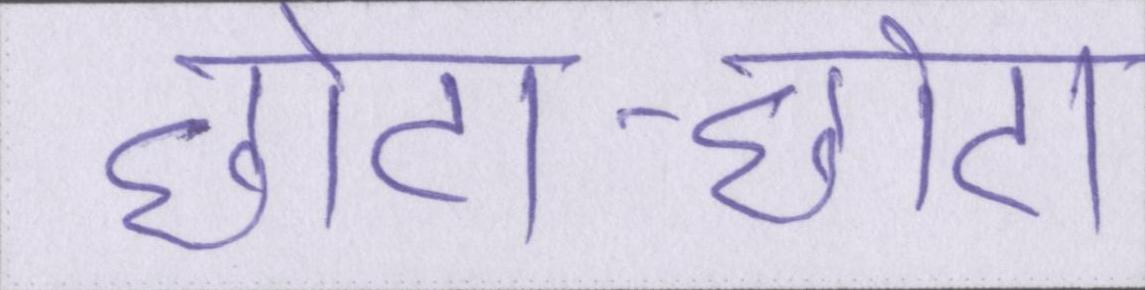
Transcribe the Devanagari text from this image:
छोटा-छोटा